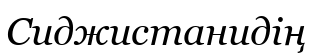
Сиджистанидің